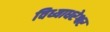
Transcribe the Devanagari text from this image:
विध्याधरेश्वर